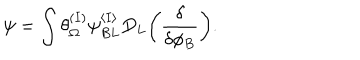
\psi = \int \theta _ { \Omega } ^ { ( I ) } \psi _ { B L } ^ { \langle I \rangle } D _ { L } \biggl ( { \frac { \delta } { \delta \phi _ { B } } } \biggr ) .